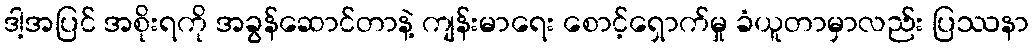
ဒါ့အပြင် အစိုးရကို အခွန်ဆောင်တာနဲ့ ကျန်းမာရေး စောင့်ရှောက်မှု ခံယူတာမှာလည်း ပြဿနာ